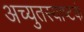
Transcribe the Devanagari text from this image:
अच्युतस्याष्टकं